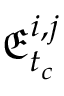
\mathfrak { E } _ { t _ { c } } ^ { i , j }